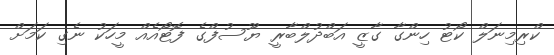
ކްރިމިނަލް ކޯޓު ހިންގާ ގާޒީ އަބްދުލްބާރީ ޔޫސުފްގެ ފޮޓޯއެއް މީހަކު ނެގި ކަމަށް